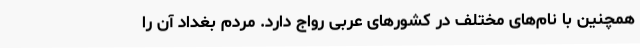
همچنین با نام‌های مختلف در کشورهای عربی رواج دارد. مردم بغداد آن را